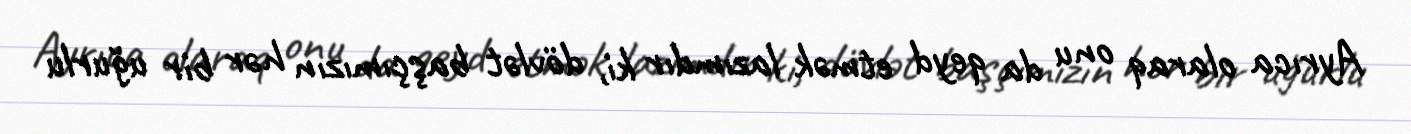
Ayrıca olaraq onu da qeyd etmək lazımdır ki, dövlət başçımızın hər bir uğurlu